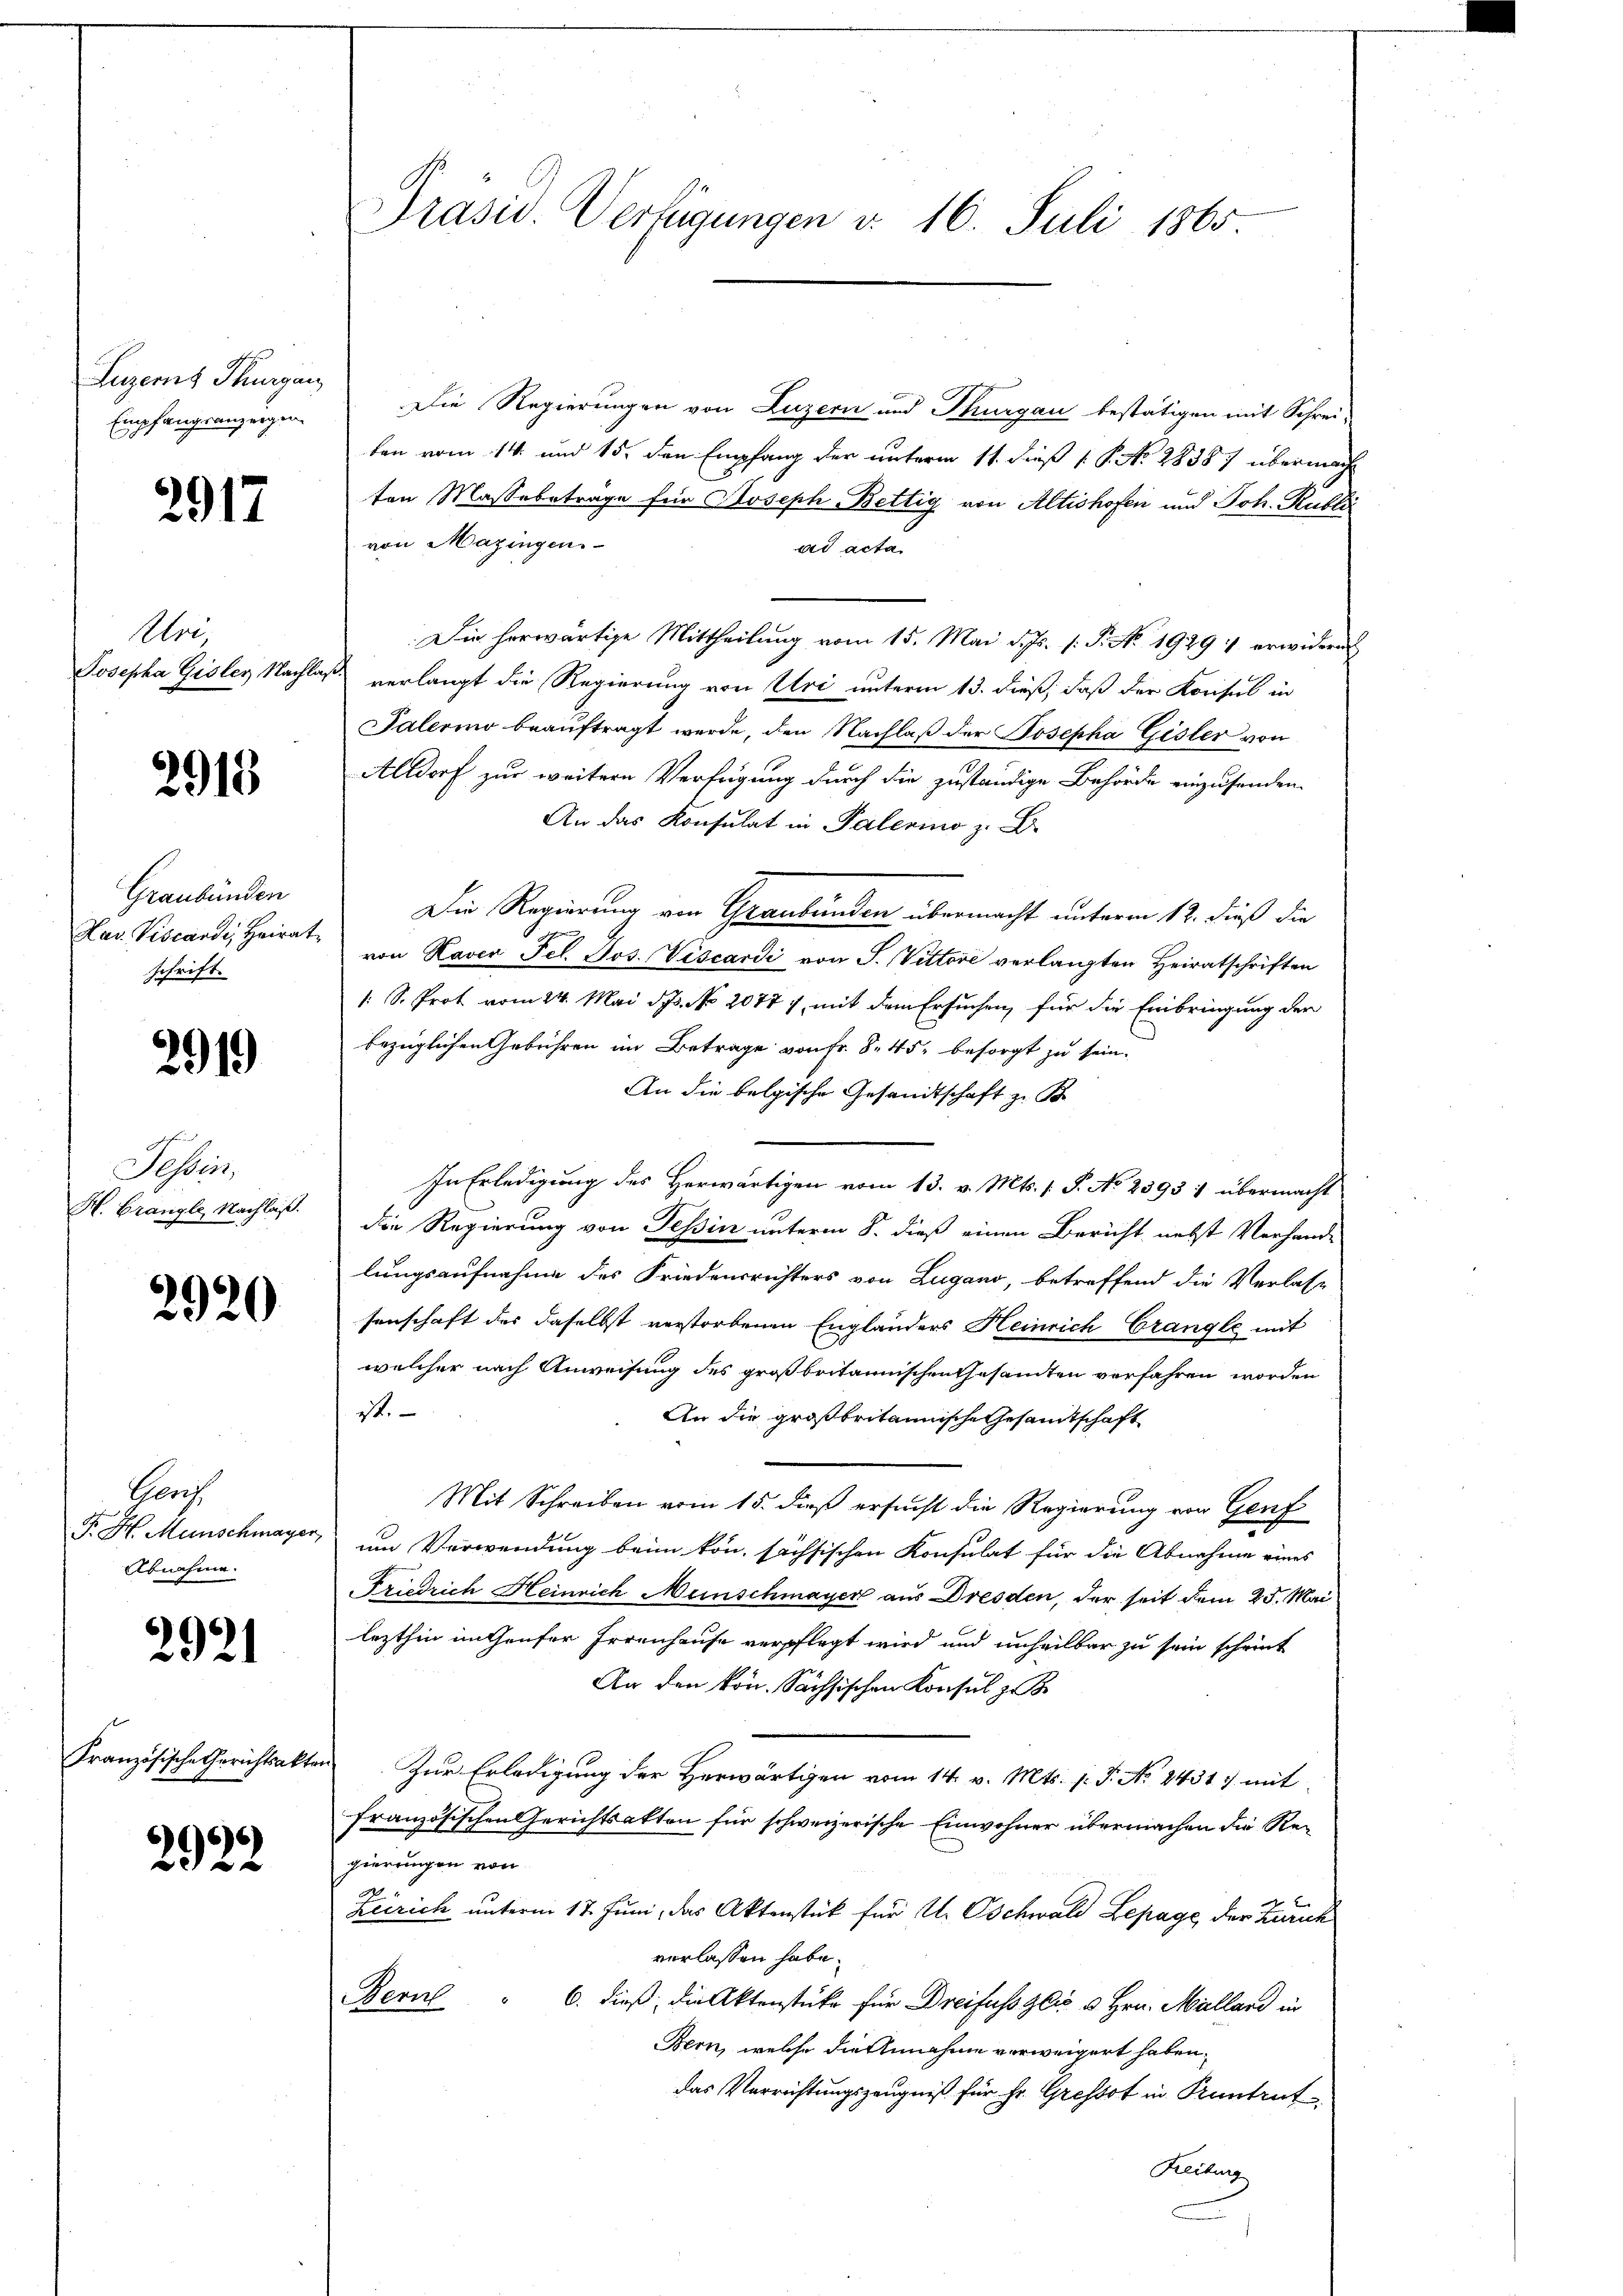
Luzern Thurgau
Empfangsanzeigen.

2917

Uri,

2918

Graubünden
Hav. Viscardi, Heirat
schrift.

2919

Tessin,
H. Brangle, Nachlaß.

2920

Gerz
P. H. Menschmayer
Abnahme.

2921

Französische Gerichtsakter

2922

Präsid. Verfügungen v. 16. Juli 1865

Die Regierungen von Luzern und Thurgau bestätigen mit Schrei-
ten vom 14. und 15. den Empfang der unterm 11. dieß P. N. 2838) übermach
ten Massertrage für Joseph Bettig von Altishofen und Joh. Rublic
von Mazingen.
ad acta
Die herwärtige Mittheilung vom 15. Mai d. Js. (: P. No. 1929 erwidern
Josepha Gisley Nachlaß verlangt die Regierung von Uri unterm 13. dieß, daß der Konsul in
Palerino beauftragt werde, den Nachlaß der Josepha Gisler von
Alldorf zur weitere Verfügung durch die zuständige Behörde einzusenden.
An das Konsulat in Palerino z. B.
Die Regierung von Graubünden übermacht unterm 12. dieß die
von Raver Fel. Jos. Viscardi von J. Vittore verlangten Heiratschriften
1 S. Prot vom 24. Mai d. Js. No 2077), mit dem Ersuchen, für die Einbringung der
bezüglichen Gebühren im Betrage von Fr. 8. 45, besorgt zu sein.
An die belgische Gesandtschaft z. B.
In Erledigung des Herwärtigen vom 13. v. Mts. 1 S. No 2393 1 übermacht
die Regierung von Tessin unterm 8. dieß einen Bericht nebst Verhand-
lungsaufnahme des Friedensrichters von Lugano, betreffend die Verlasse
senschaft des daselbst verstorbenen Englanders Heinrich Crangle mit
welcher nach Anweisung des großbritannischen Gesamten verfahren worden
it.
An die großbritannische Gesamtschaft
Mit Schreiben vom 15. dieß ersucht die Regierung von Genf
um Verwendung beim kon, sächsischen Konsulat für die Abnahme eines
Friedrich Heinrich Münschmayer aus Dresden, der seit dem 25. Mai
lezthin enthaufer Irrenhause verpflegt wird und unheilbar zu sein scheint
An den kon. Sächsischen Konsul zu B
Zur Erledigung der Herwärtigen vom 14. v. Mts. v. J. No 84317 mit
französischen Gerichtsakten für schweizerische Einwohner übermachen die Regierungen von
Zeirich unterm 17. Juni, das Aktenstück für U. Oschwald Lepage der Zürich
verlassen habe.
Neml
6. dieß, die Aktenstüke für Dreifuss gli u. Hrn. Millard in
Bern, welche die Annahme verweigert haben.
das Verrichtungszeugniß für Fr. Gressot in Kuntrut
Heilung